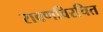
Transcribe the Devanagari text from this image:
रावणविरचित